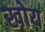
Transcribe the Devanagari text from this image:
खोय